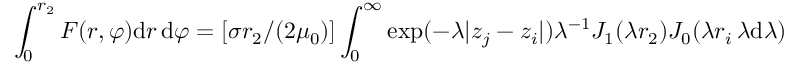
\int _ { 0 } ^ { r _ { 2 } } F ( r , \varphi ) \mathrm { d } r \, \mathrm { d } \varphi = [ \sigma r _ { 2 } / ( 2 \mu _ { 0 } ) ] \int _ { 0 } ^ { \infty } \exp ( - \lambda | z _ { j } - z _ { i } | ) \lambda ^ { - 1 } J _ { 1 } ( \lambda r _ { 2 } ) J _ { 0 } ( \lambda r _ { i } \, \lambda \mathrm { d } \lambda )